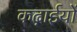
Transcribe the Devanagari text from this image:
कढ़ाईयों